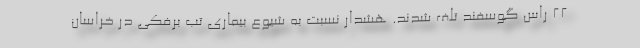
۲۲ راس گوسفند تلف شدند. هشدار نسبت به شیوع بیماری تب برفکی در خراسان